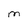
Character: M